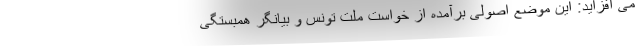
می افزاید: این موضع اصولی برآمده از خواست ملت تونس و بیانگر همبستگی